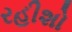
રહીશો